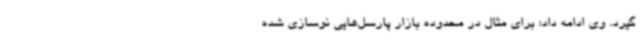
گیرد. وی ادامه داد: برای مثال در محدوده بازار پارسل‌هایی نوسازی شده